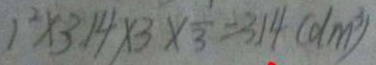
1 ^ { 2 } \times 3 . 1 4 \times 3 \times \frac { 1 } { 3 } = 3 . 1 4 ( d m ^ { 3 } )